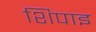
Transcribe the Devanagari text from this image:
शिपाइ